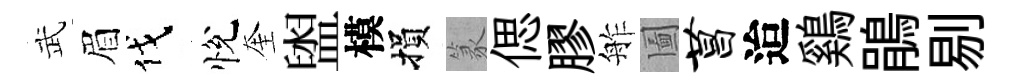
武眉伐悅奎盥模損篆偲膠舴圗菖迨鷄鵑剔